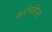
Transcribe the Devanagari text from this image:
करंगळीला